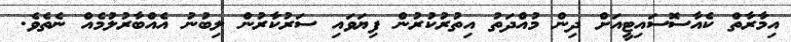
އިމާރާތް ކެއާސޮސައިޓީއަށް ދިން މުއްދަތު އިތުރުކުރުން ފިޔަވައި ސަރުކާރުން ލިބުނު އެއްބާރުލުމެއް ނެތެވެ.